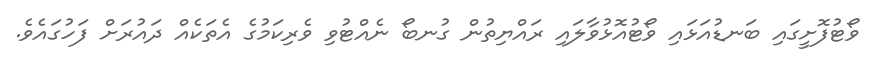
ވޯޓުފޮށީގައި ބަނޑުއަޅައި ވޯޓުއޮޅުވާލައި ރައްޔިތުން ގުނބޯ ނެއްޓުވި ވެރިކަމުގެ އެތަކެއް ދައުރަށް ފަހުގައެވެ.